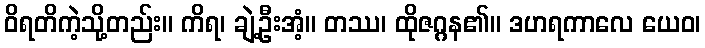
ဝိရတိကဲ့သို့တည်း။ ကိရ၊ ချဲ့ဦးအံ့။ တဿ၊ ထိုဇဂ္ဂန၏။ ဒဟရကာလေ ယေဝ၊